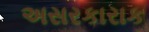
અસરકારાક